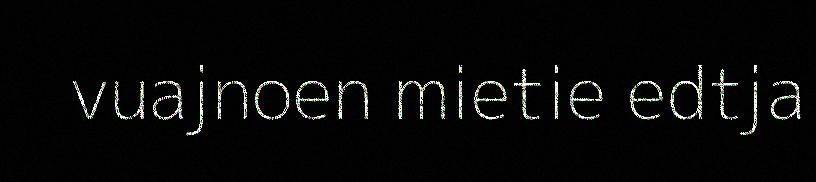
vuajnoen mietie edtja